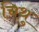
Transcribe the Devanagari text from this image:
चिथु